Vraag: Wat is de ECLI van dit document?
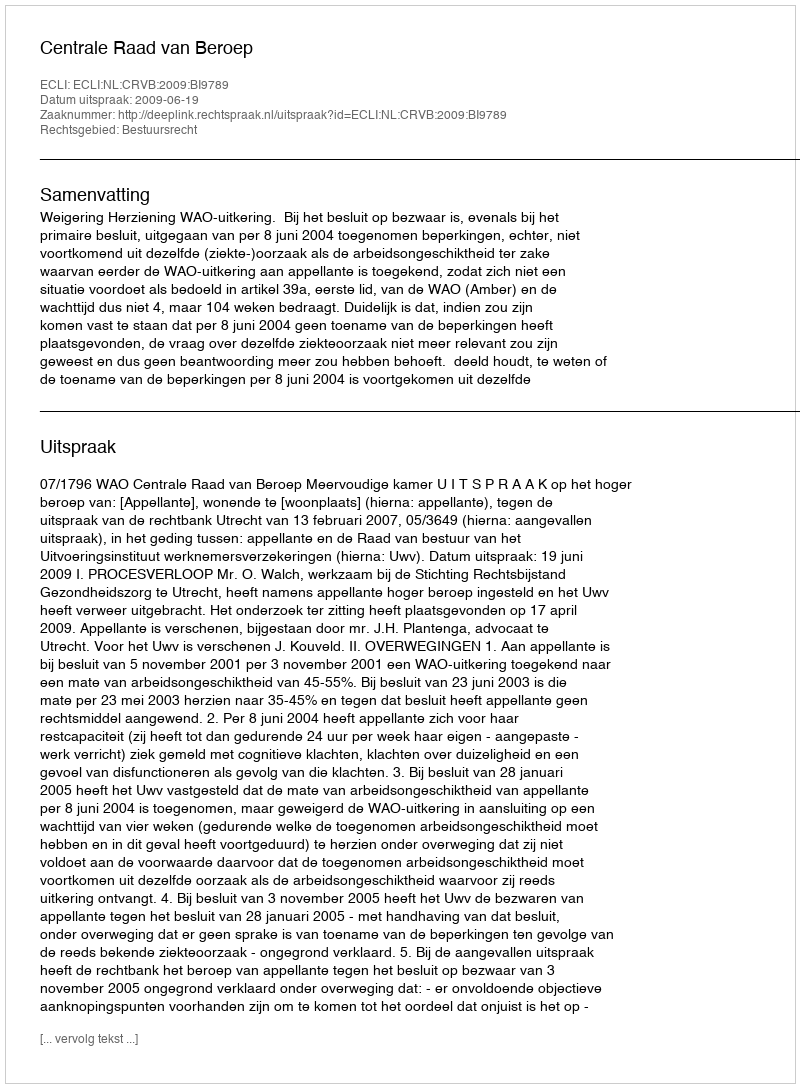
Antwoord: ECLI:NL:CRVB:2009:BI9789